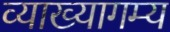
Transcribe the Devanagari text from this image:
व्याख्यागम्य